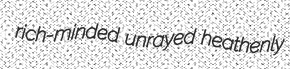
rich-minded unrayed heathenly